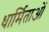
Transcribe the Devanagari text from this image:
धार्मिताओं